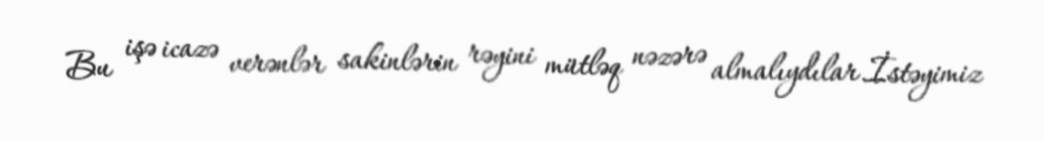
Bu işə icazə verənlər sakinlərin rəyini mütləq nəzərə almalıydılar.İstəyimiz